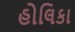
હોલિકા